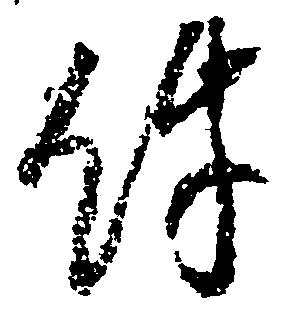
件